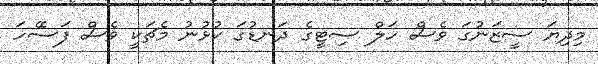
މިދިޔަ ސީޒަނުގަ ވެސް ހަލް ސިޓީގެ ދަނޑުގަ ކުޅުނު މެޗަކީ ވެސް ފަސޭހަ